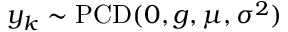
y _ { k } \sim \operatorname { P C D } ( 0 , g , \mu , \sigma ^ { 2 } )